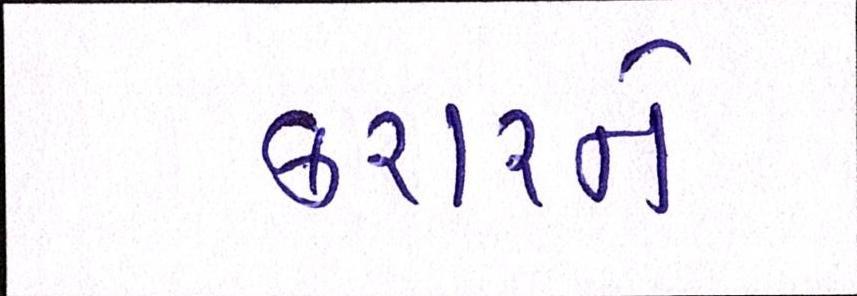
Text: કરારને